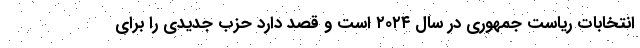
انتخابات ریاست جمهوری در سال ۲۰۲۴ است و قصد دارد حزب جدیدی را برای